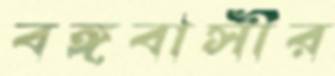
বঙ্গবাসীর